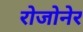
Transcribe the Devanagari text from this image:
रोजोनेर